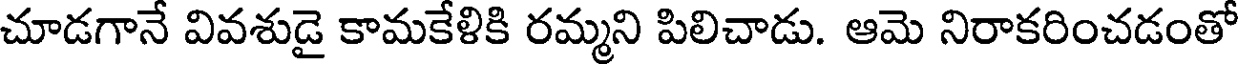
చూడగానే వివశుడై కామకేళికి రమ్మని పిలిచాడు. ఆమె నిరాకరించడంతో